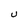
Character: U